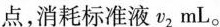
点，消耗标准液v2mL。